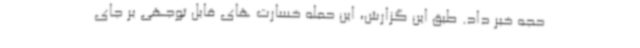
حجه خبر داد. طبق این گزارش، این حمله خسارت های قابل توجهی بر جای